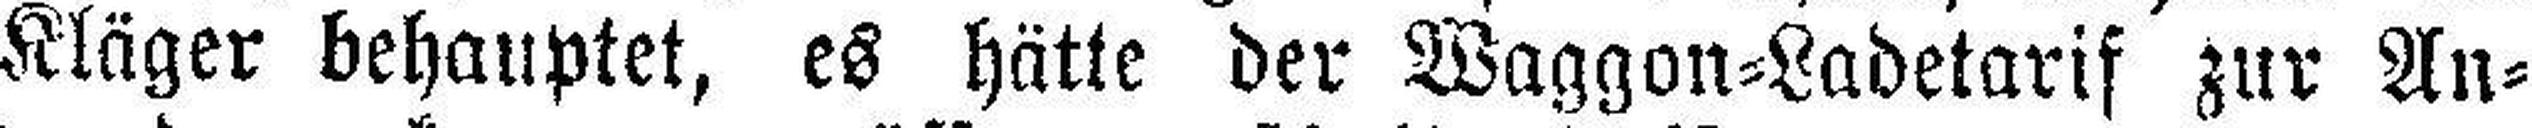
Kläger behauptet, es hätte der Waggon=Ladetarif zur An¬